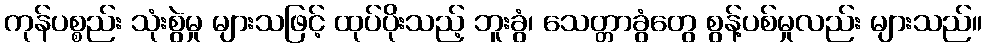
ကုန်ပစ္စည်း သုံးစွဲမှု များသဖြင့် ထုပ်ပိုးသည့် ဘူးခွံ၊ သေတ္တာခွံတွေ စွန့်ပစ်မှုလည်း များသည်။